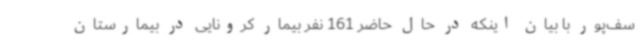
سف‌پور با بیان اینکه در حال حاضر 161 نفر بیمار کرونایی در بیمارستان